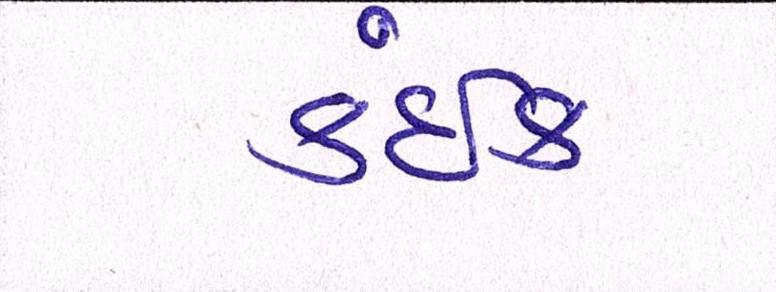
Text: કંઈક